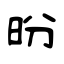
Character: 昐